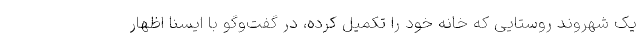
یک شهروند روستایی که خانه خود را تکمیل کرده، در گفت‌وگو با ایسنا اظهار